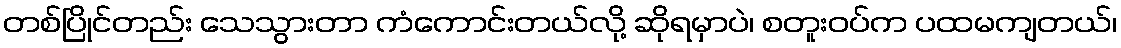
တစ်ပြိုင်တည်း သေသွားတာ ကံကောင်းတယ်လို့ ဆိုရမှာပဲ၊ စတူးဝပ်က ပထမကျတယ်၊